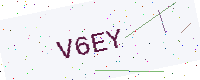
Text: V6EY